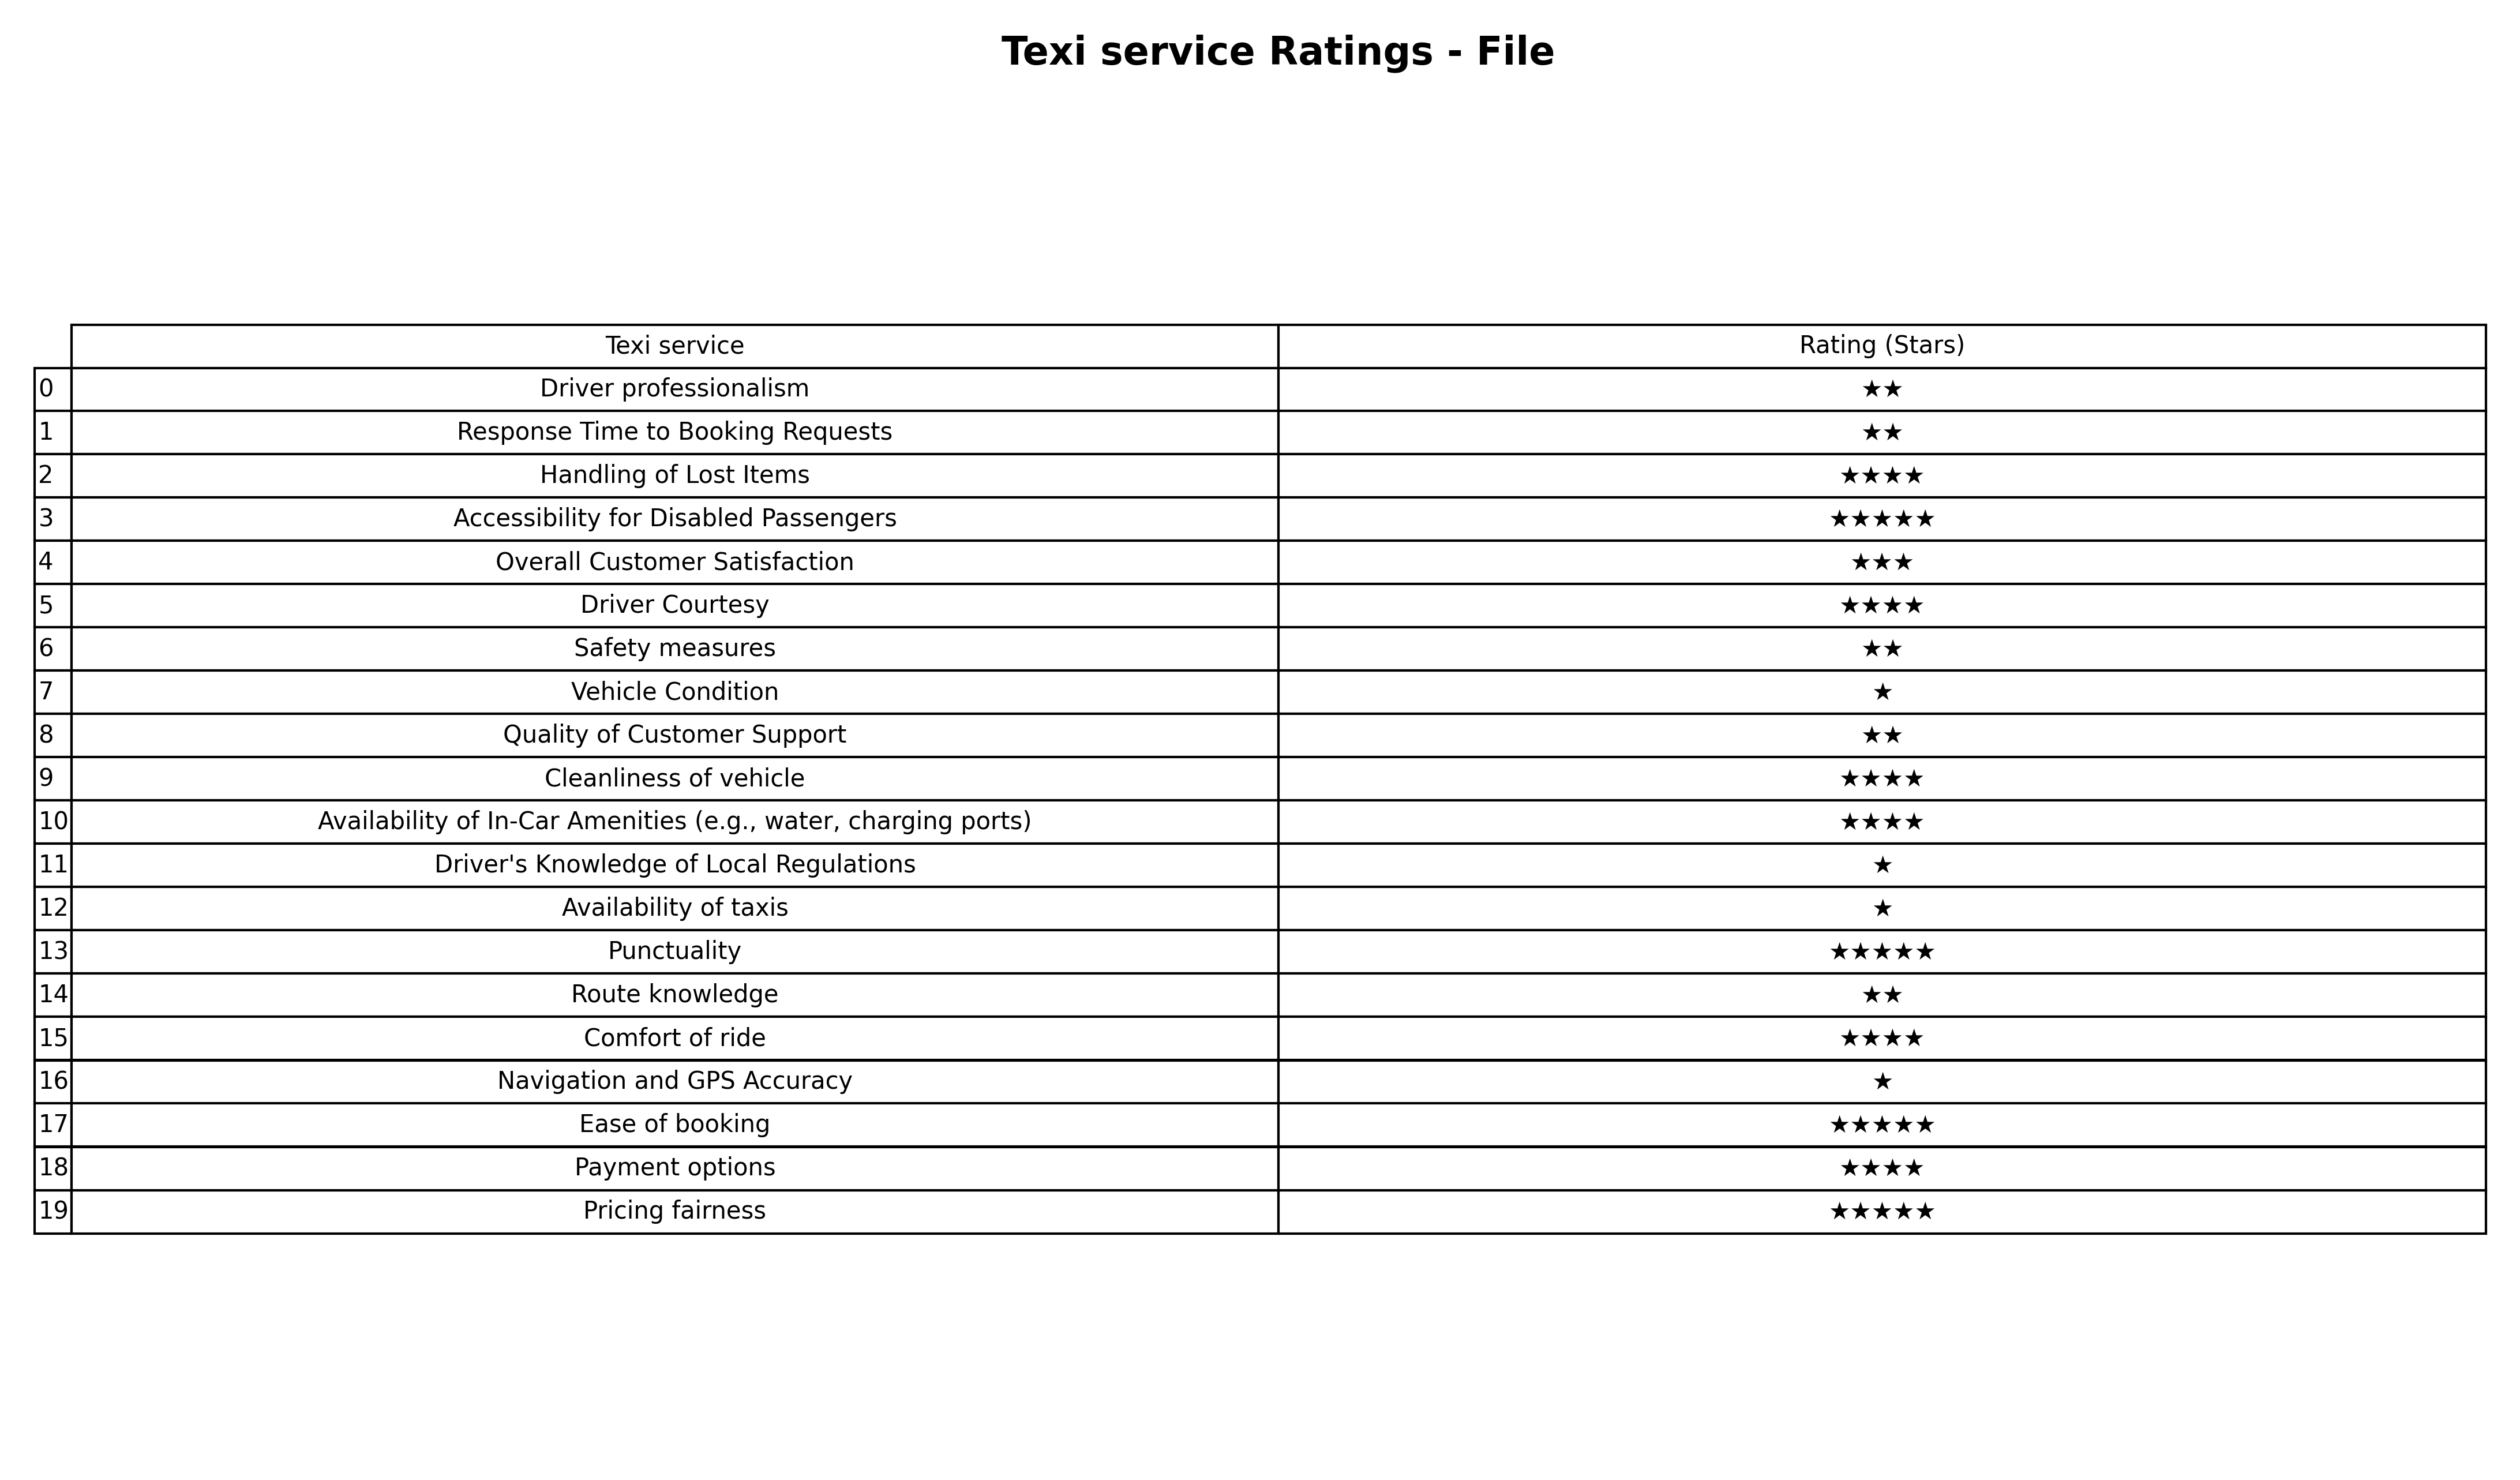
question: Which services are rated average?
answer: Overall Customer Satisfaction